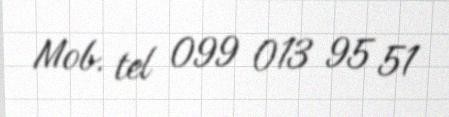
Mob. tel 099 013 95 51